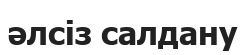
әлсіз салдану